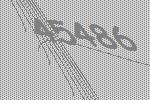
45486